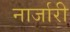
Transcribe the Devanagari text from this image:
नार्जारी